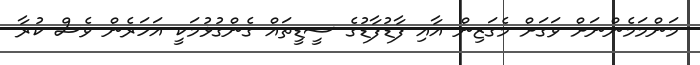
މަންމަމެންނަށް ވަގަށް މެގަޒިން އާއި ފާޑުފާޑުގެ ސީޑީތައް ގެންގުޅުމަކީ އަހަރެން ވެސް ކުރާ